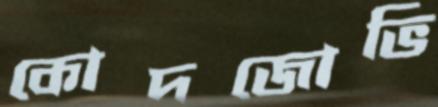
কোদজোভি